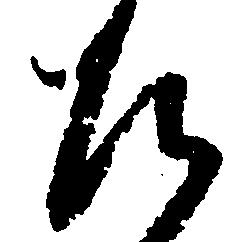
ひ